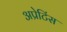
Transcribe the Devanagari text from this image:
अप्रेटिंस